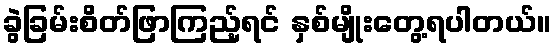
ခွဲခြမ်းစိတ်ဖြာကြည့်ရင် နှစ်မျိုးတွေ့ရပါတယ်။